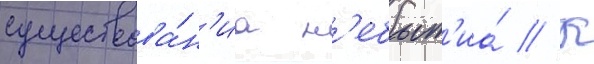
существова́н'иа н'ебыт'иа́ // К